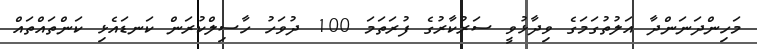
މަހިންދަނަންދާ އަލުތުގަމަގެ ވިދާޅުވީ ސަރުކާރުގެ ފުރަތަމަ 100 ދުވަހު ހާސިލްކުރަން ކަނޑައެޅި ކަންތައްތައް